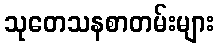
သုတေသနစာတမ်းများ